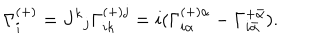
\Gamma _ { i } ^ { ( + ) } = J ^ { k } { } _ { j } \Gamma _ { i k } ^ { ( + ) j } = i ( \Gamma _ { i \alpha } ^ { ( + ) \alpha } - \Gamma _ { i \bar { \alpha } } ^ { + \bar { \alpha } } ) .